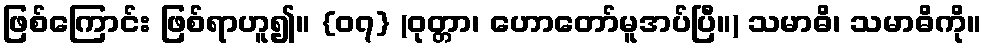
ဖြစ်ကြောင်း ဖြစ်ရာဟူ၍။ {၀၇} (ဝုတ္တာ၊ ဟောတော်မူအပ်ပြီ။) သမာဓိ၊ သမာဓိကို။